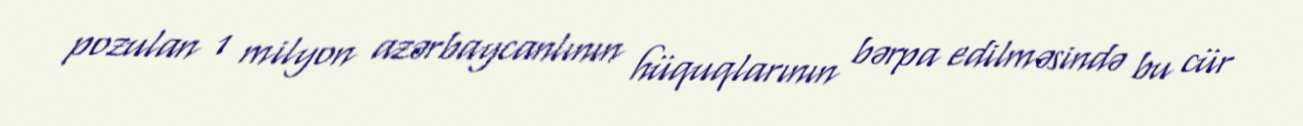
pozulan 1 milyon azərbaycanlının hüquqlarının bərpa edilməsində bu cür